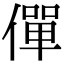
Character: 僤